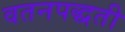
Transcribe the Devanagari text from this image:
वतनपद्धती